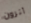
أترون